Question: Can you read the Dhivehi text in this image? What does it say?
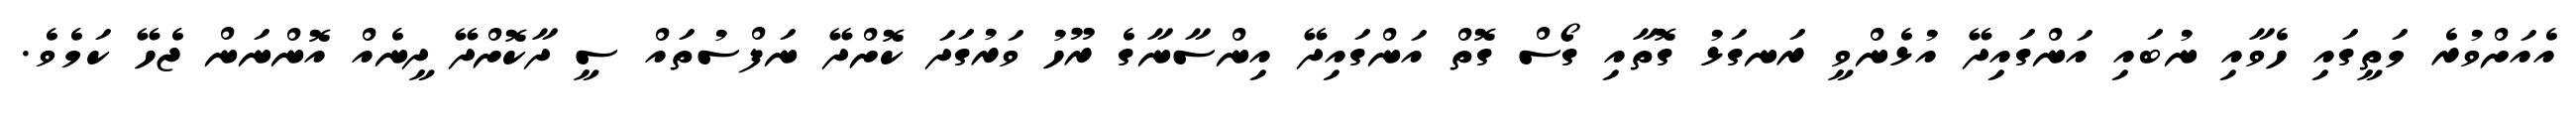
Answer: އެއަށްވުރެ މަތީގައި ހެވާއި ނުބައި އަންގައިދޭ އުޅެންވީ ރަނގަޅު ގޮތާއި ގޯސް ގޮތް އަންގައިދޭ އިންސާނާގެ ރޫހު ވަރުގަދަ ކޮށްދޭ ނަފްސުތައް ސީ ދާކޮށްދޭ ދީނެއް އޮންނަން ޖެހޭ ކަމެވެ.